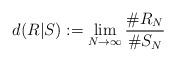
LaTeX: \begin{align*}d(R|S):= \lim_{N\to \infty} \frac{\# R_N}{\#S_N}\end{align*}